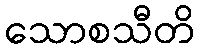
သောစသီတိ